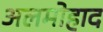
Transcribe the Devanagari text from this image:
अलमोहाद